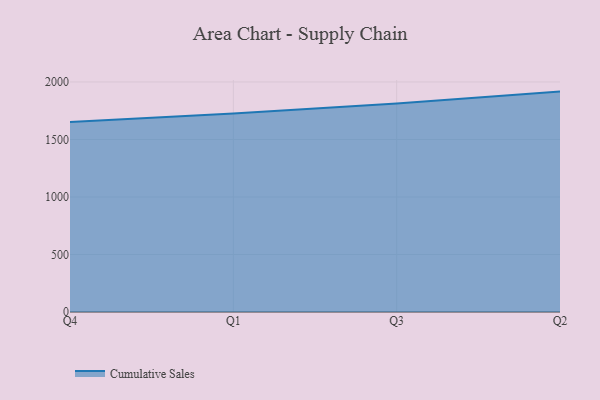
{"axis": {"x": "Quarter", "y": "Page Views"}, "legend": ["Cumulative Sales"], "data": [{"x": "Q4", "y": 1651.9, "type": "Cumulative Sales"}, {"x": "Q1", "y": 1725.6, "type": "Cumulative Sales"}, {"x": "Q3", "y": 1811.7, "type": "Cumulative Sales"}, {"x": "Q2", "y": 1916.1, "type": "Cumulative Sales"}]}